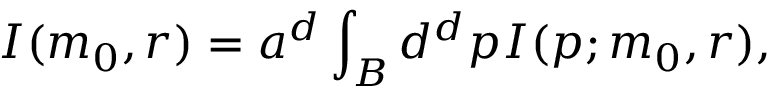
I ( m _ { 0 } , r ) = a ^ { d } \int _ { \cal B } d ^ { d } p I ( p ; m _ { 0 } , r ) ,